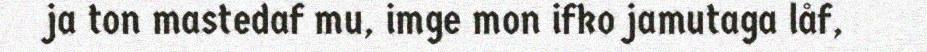
ja ton mastedaf mu, imge mon ifko jamutaga låf,